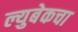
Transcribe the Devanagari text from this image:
ल्युबेकचा